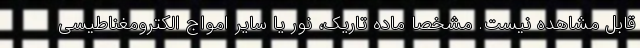
قابل مشاهده نیست. مشخصاً ماده تاریک، نور یا سایر امواج الکترومغناطیسی